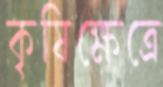
কৃষিক্ষেত্রে